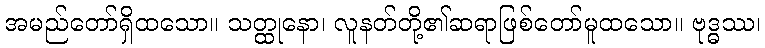
အမည်တော်ရှိထသော။ သတ္ထုနော၊ လူနတ်တို့၏ဆရာဖြစ်တော်မူထသော။ ဗုဒ္ဓဿ၊